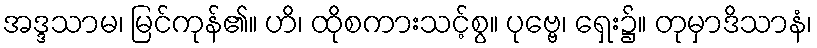
အဒ္ဒသာမ၊ မြင်ကုန်၏။ ဟိ၊ ထိုစကားသင့်စွ။ ပုဗ္ဗေ၊ ရှေး၌။ တုမှာဒိသာနံ၊